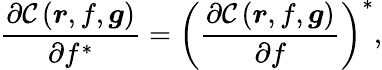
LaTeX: \frac{\partial\mathcal{C}\left(\boldsymbol{r},f,\boldsymbol{g}\right)}{\partial f^{*}}=\left(\frac{\partial\mathcal{C}\left(\boldsymbol{r},f,\boldsymbol{g}\right)}{\partial f}\right)^{*},